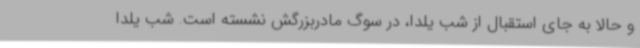
و حالا به جای استقبال از شب یلدا، در سوگ مادربزرگش نشسته است. شب یلدا